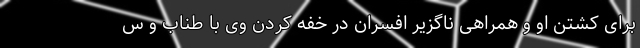
برای کشتنِ او و همراهی ناگزیرِ افسران در خفه کردنِ وی با طناب و س